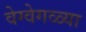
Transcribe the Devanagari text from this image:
वेग्वेगळ्या